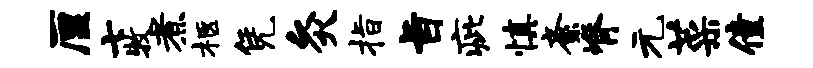
厘七牧煮柩凭灸指旨疵慎紊脊元菜僮